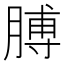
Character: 膊